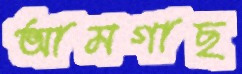
আমগাছ